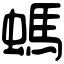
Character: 螞